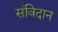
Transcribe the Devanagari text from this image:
संविदान